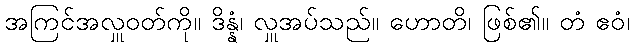
အကြင်အလှူဝတ်ကို။ ဒိန္နံ၊ လှူအပ်သည်။ ဟောတိ၊ ဖြစ်၏။ တံ ဧဝံ၊